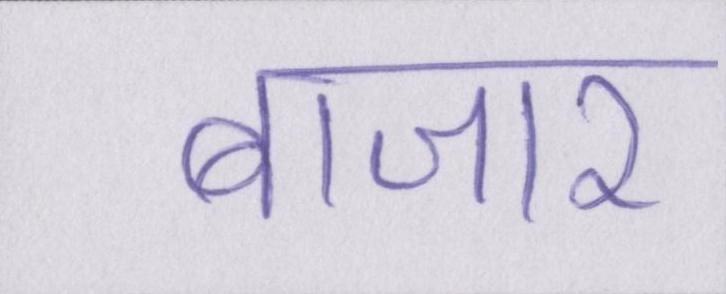
बाजार